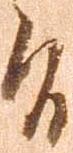
旨